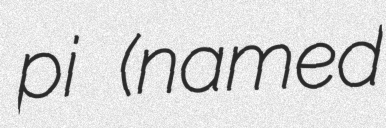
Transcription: pi (named